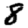
Digit: 8